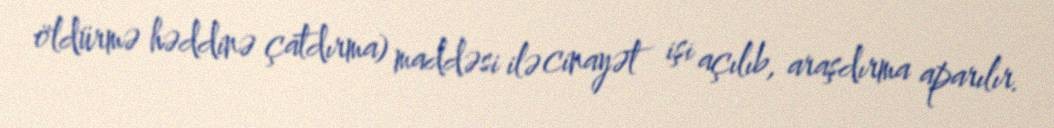
öldürmə həddinə çatdırma) maddəsi ilə cinayət işi açılıb, araşdırma aparılır.